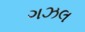
ગઝલ